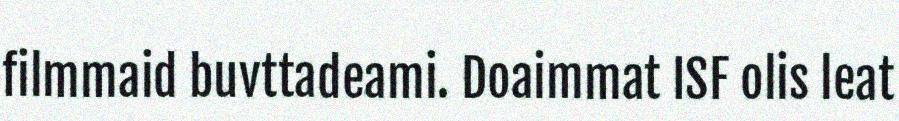
filmmaid buvttadeami. Doaimmat ISF olis leat